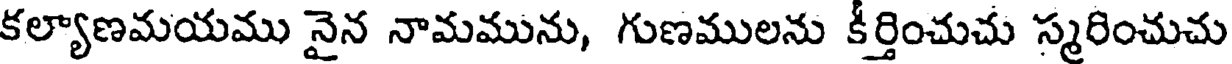
కల్యాణమయము నైన నామమును, గుణములను కీర్తించుచు స్మరించుచు